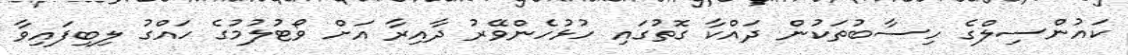
ކައުންސިލްގެ ހިސާބުތަކުން ދައްކާ ގޮތުގައި ހުޅުހެންވޭރު ދާއިރާ އަށް ވޯޓުލުމުގެ ހައްގު ލިބިފައިވާ